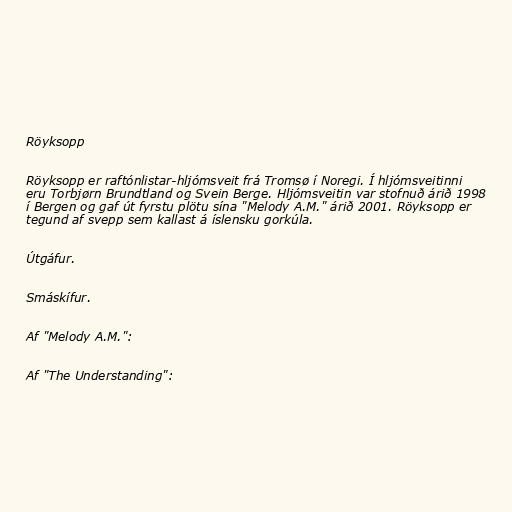
Röyksopp

Röyksopp er raftónlistar-hljómsveit frá Tromsø í Noregi. Í hljómsveitinni
eru Torbjørn Brundtland og Svein Berge. Hljómsveitin var stofnuð árið 1998
í Bergen og gaf út fyrstu plötu sína "Melody A.M." árið 2001. Röyksopp er
tegund af svepp sem kallast á íslensku gorkúla.

Útgáfur.

Smáskífur.

Af "Melody A.M.":

Af "The Understanding":